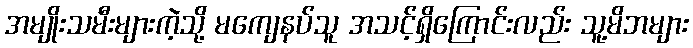
အမျိုးသမီးများကဲ့သို့ မကျေနပ်သူ အသင့်ရှိကြောင်းလည်း သူ့မိဘများ